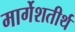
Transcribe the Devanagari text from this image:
मार्गेशतीर्थ